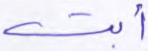
أبت